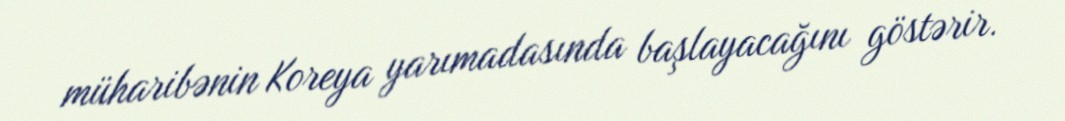
müharibənin Koreya yarımadasında başlayacağını göstərir.